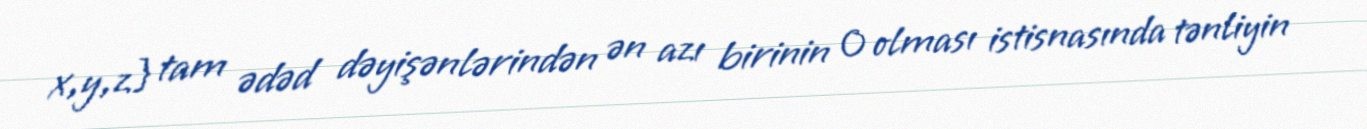
x,y,z} tam ədəd dəyişənlərindən ən azı birinin 0 olması istisnasında tənliyin